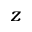
z